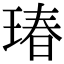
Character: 瑃